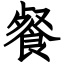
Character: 餐